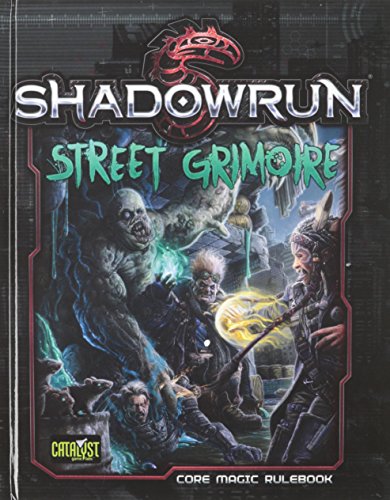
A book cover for Shadowrun Street Grimoire; Science Fiction & Fantasy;